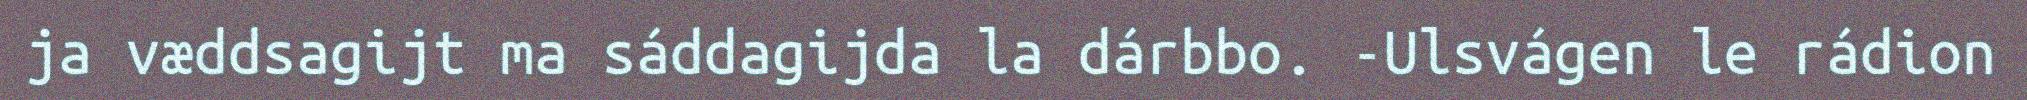
ja væddsagijt ma sáddagijda la dárbbo. -Ulsvágen le rádion